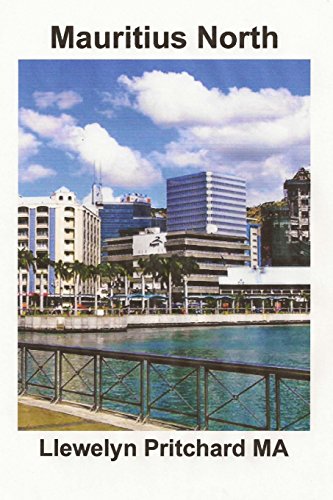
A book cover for Mauritius North: A Souvenir Collection Foto berwarna dengan keterangan (Foto Album) (Volume 11) (Indonesian Edition); Llewelyn Pritchard MA; Travel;